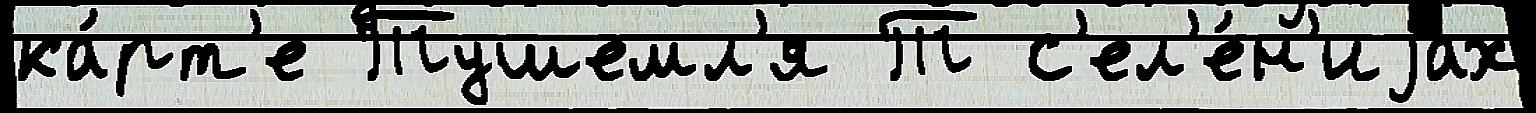
ка́рт'е Тушемл'я Т с'ел'е́н'иjах